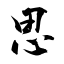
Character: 思